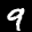
Label: 9